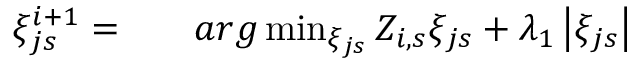
\begin{array} { r l r } { \xi _ { j s } ^ { i + 1 } = } & { { } } & { a r g \operatorname* { m i n } _ { \xi _ { j s } } Z _ { i , s } \xi _ { j s } + \lambda _ { 1 } \left| \xi _ { j s } \right| } \end{array}